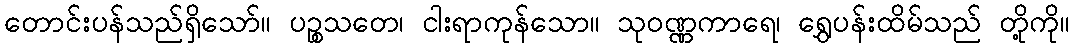
တောင်းပန်သည်ရှိသော်။ ပဉ္စသတေ၊ ငါးရာကုန်သော။ သုဝဏ္ဏကာရေ၊ ရွှေပန်းထိမ်သည် တို့ကို။